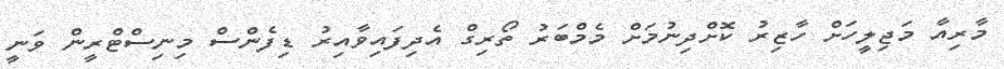
މާރިއާ މަޖިލީހަށް ހާޒިރު ކޮށްދިނުމަށް މެމްބަރު ތޯރިގް އެދިފައިވާއިރު ޑިފެންސް މިނިސްޓްރީން ވަނީ